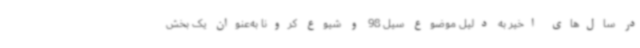
در سال‌های اخیر به دلیل موضوع سیل 98 و شیوع کرونا به‌عنوان یک بخش